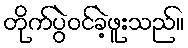
တိုက်ပွဲဝင်ခဲ့ဖူးသည်။